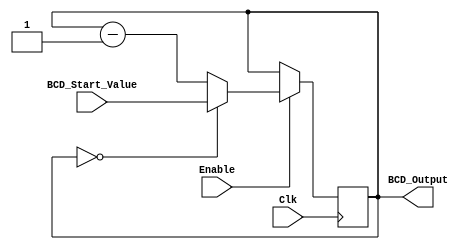
module BCD_Down_Counter_with_Enable (
    input wire Clk,
    input wire Enable,
    input wire [3:0] BCD_Start_Value,
    output reg [3:0] BCD_Output
);

reg [3:0] count;

always @(posedge Clk) begin
    if (Enable) begin
        if (count == 4'b0000) begin
            count <= BCD_Start_Value;
        end else begin
            count <= count - 1;
        end
    end
end

assign BCD_Output = count;

endmodule